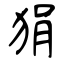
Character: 狷